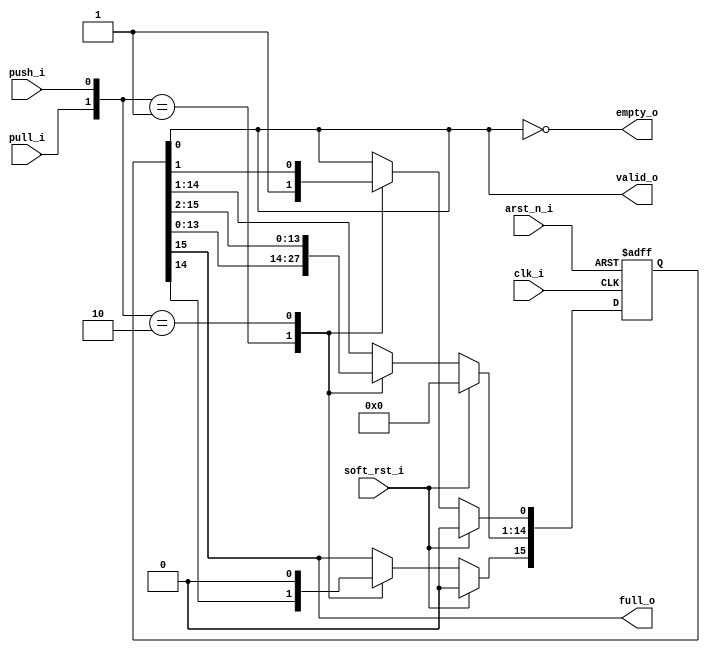
/* -------------------------------------------------------------------------------
 * Project        : AXI-lite SPI IP Core
 * Description    : SPI Valid Data Logic
 * Organization   : BSC; CIC-IPN
 * Author(s)      : Abraham J. Ruiz R. (aruiz) (https://github.com/m4j0rt0m)
 * Email(s)       : abraham.ruiz@bsc.es; abraham.j.ruiz.r@gmail.com
 * References     :
 * -------------------------------------------------------------------------------
 * Revision History
 *  Revision   | Author      | Description
 *  1.0        | aruiz       | First version
 *  2.0        | aruiz       | Added asynchronous reset and soft reset
 *  2.1        | aruiz       | Code refactoring and added Ratio Clock Gen
 *  3.0        | aruiz       | Sync'd a main fixed clock and a variable faster
 *             |             | clock for the axi write/read transactions
 * -----------------------------------------------------------------------------*/

module spi_valid_logic
# (
    parameter DEPTH = 16
  )
(/*AUTOARG*/
   // Outputs
   valid_o, full_o, empty_o,
   // Inputs
   clk_i, arst_n_i, soft_rst_i, push_i, pull_i
   );

  input   clk_i;
  input   arst_n_i;
  input   soft_rst_i;

  input   push_i;
  input   pull_i;

  output  valid_o;
  output  full_o;
  output  empty_o;

  /* regs and wires */
  reg [DEPTH-1:0] valid_reg;

  /* assignments */
  assign  valid_o = valid_reg[0];
  assign  full_o  = valid_reg[DEPTH-1];
  assign  empty_o = ~valid_reg[0];

  /* valid logic */
  always @ (posedge clk_i, negedge arst_n_i)  begin
    if(~arst_n_i)
      valid_reg <=  {DEPTH{1'b0}};
    else  begin
      if(soft_rst_i)
        valid_reg <=  {DEPTH{1'b0}};
      else begin
        case({pull_i,push_i})
          2'b01:  begin  //..push
            valid_reg[0]            <=  1'b1;
            valid_reg[1+:(DEPTH-1)] <=  valid_reg[0+:(DEPTH-1)];  //..shift one bit to the left, set the lsb
          end
          2'b10:  begin  //..pull
            valid_reg[DEPTH-1]      <=  1'b0;
            valid_reg[0+:(DEPTH-1)] <=  valid_reg[1+:(DEPTH-1)];  //..shift one bit to the right, clear the msb
          end
          default:  valid_reg <=  valid_reg;
        endcase
      end
    end
  end

endmodule // spi_valid_logic